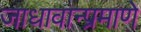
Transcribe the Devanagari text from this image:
जाधावान्प्रमाणे